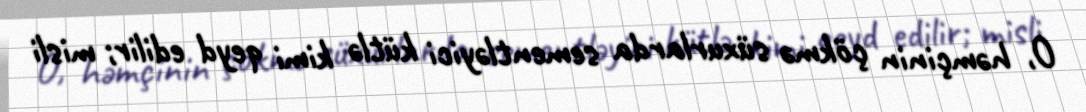
O, həmçinin çökmə süxurlarda sementləyici kütlə kimi qeyd edilir; misli